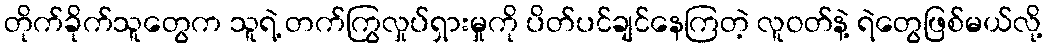
တိုက်ခိုက်သူတွေက သူရဲ့ တက်ကြွလှုပ်ရှားမှုကို ပိတ်ပင်ချင်နေကြတဲ့ လူဝတ်နဲ့ ရဲတွေဖြစ်မယ်လို့